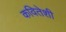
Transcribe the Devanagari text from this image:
कवितेशी